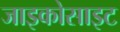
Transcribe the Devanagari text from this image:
जाइकोसाइट